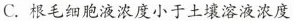
C.根毛细胞液浓度小于土壤溶液浓度